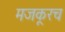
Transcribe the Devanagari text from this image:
मजकूरच